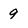
Character: 9